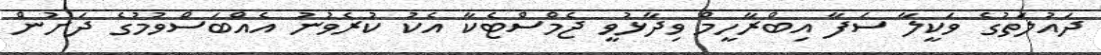
ދައުލަތުގެ ވަކީލާ ސަފާ އިބްރާހީމް ވިދާޅުވީ ޖެމްސްޓެކާ އެކު ކުރެވުނު އެއްބަސްވުމުގެ ދަށުން